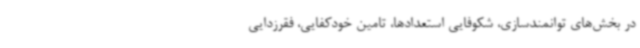
در بخش‌های توانمندسازی، شکوفایی استعدادها، تامین خودکفایی، فقرزدایی